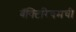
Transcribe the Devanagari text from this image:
बॅक्टिरियमची